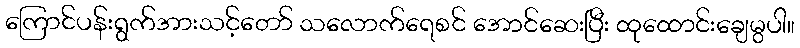
ကြောင်ပန်းရွက်အားသင့်တော် သလောက်ရေစင် အောင်ဆေးပြီး ထုထောင်းချေမွပါ။